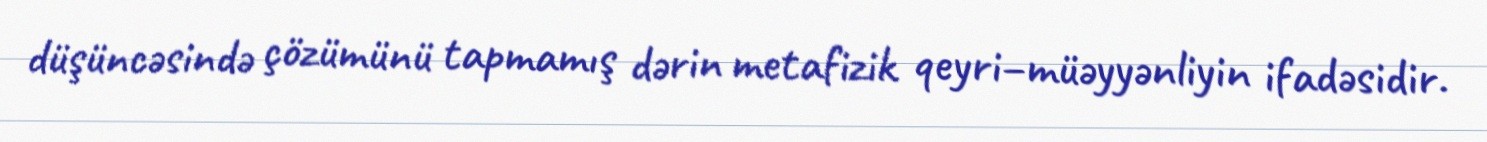
düşüncəsində çözümünü tapmamış dərin metafizik qeyri–müəyyənliyin ifadəsidir.